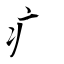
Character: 疒